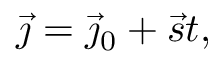
{ \vec { \jmath } } = { \vec { \jmath } } _ { 0 } + { \vec { s } } t ,